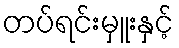
တပ်ရင်းမှူးနှင့်